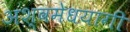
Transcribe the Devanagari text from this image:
अश्वमेधयागी